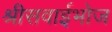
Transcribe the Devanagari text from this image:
श्रीसवाईभोज